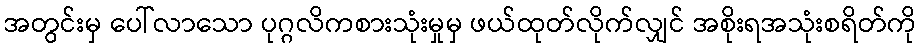
အတွင်းမှ ပေါ်လာသော ပုဂ္ဂလိကစားသုံးမှုမှ ဖယ်ထုတ်လိုက်လျှင် အစိုးရအသုံးစရိတ်ကို